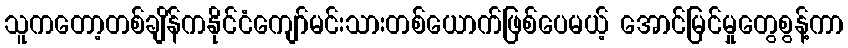
သူကတော့တစ်ချိန်ကနိုင်ငံကျော်မင်းသားတစ်ယောက်ဖြစ်ပေမယ့် အောင်မြင်မှုတွေစွန့်ကာ